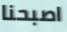
اصبحنا